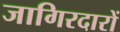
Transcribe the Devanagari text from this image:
जागिरदारों